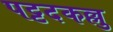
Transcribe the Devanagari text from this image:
पट्टदकल्लु